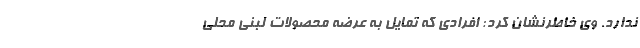
ندارد. وی خاطرنشان کرد: افرادی که تمایل به عرضه محصولات لبنی محلی